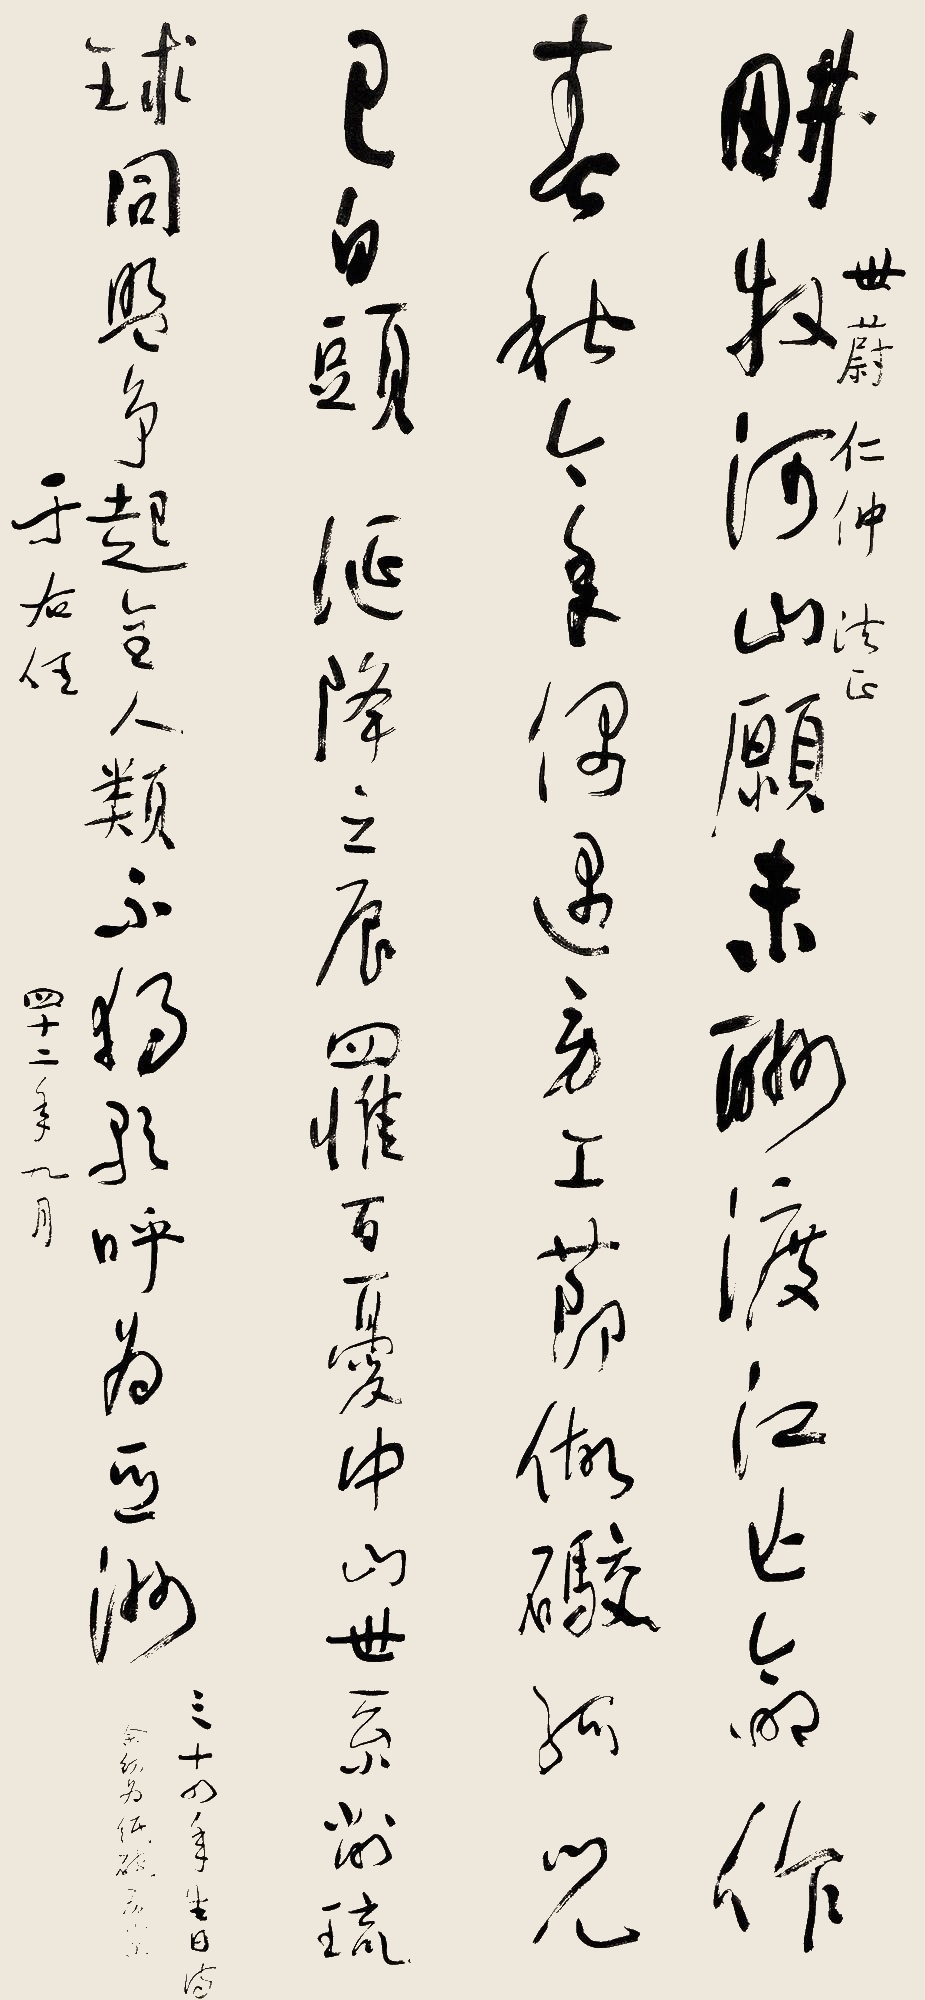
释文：耕牧河山愿未酬，渡江亡命作春秋。今年偶遇劳工节，做炮孤儿已白头。诞降之辰罹百忧，中山世系削琉球。同盟争起全人类，不独歌呼为亚洲。三十四年生日诗。余幼时为纸炮房小工。四十二年九月。世蔚仁仲法正，于右任。